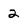
Character: 2